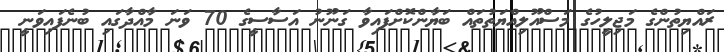
ރައްޔިތުންގެ މަޖިލީހުގެ މަސްއޫލިއްޔަތުތައް ބަޔާންކޮށްފައިވާ ގަނޫނު އަސާސީގެ 70 ވަނަ މާއްދާގައި ބުނެފައިވަނީ